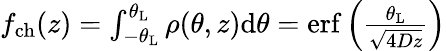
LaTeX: \begin{array}{r}{f_{\mathrm{ch}}(z)=\int_{-\theta_{\mathrm{L}}}^{\theta_{\mathrm{L}}}\rho(\theta,z)\mathrm{d}\theta=\mathrm{erf}\left({\frac{\theta_{\mathrm{L}}}{\sqrt{4Dz}}}\right)}\end{array}